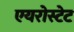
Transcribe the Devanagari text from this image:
एयरोस्टेट